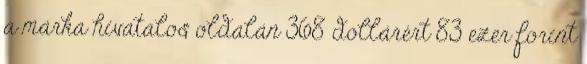
a márka hivatalos oldalán 368 dollárért 83 ezer forint